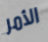
الأمر